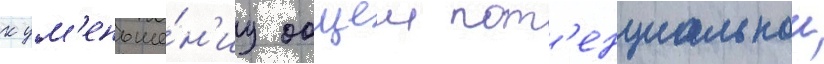
к ум'еньше́н'иу общеи пот'енциальнои